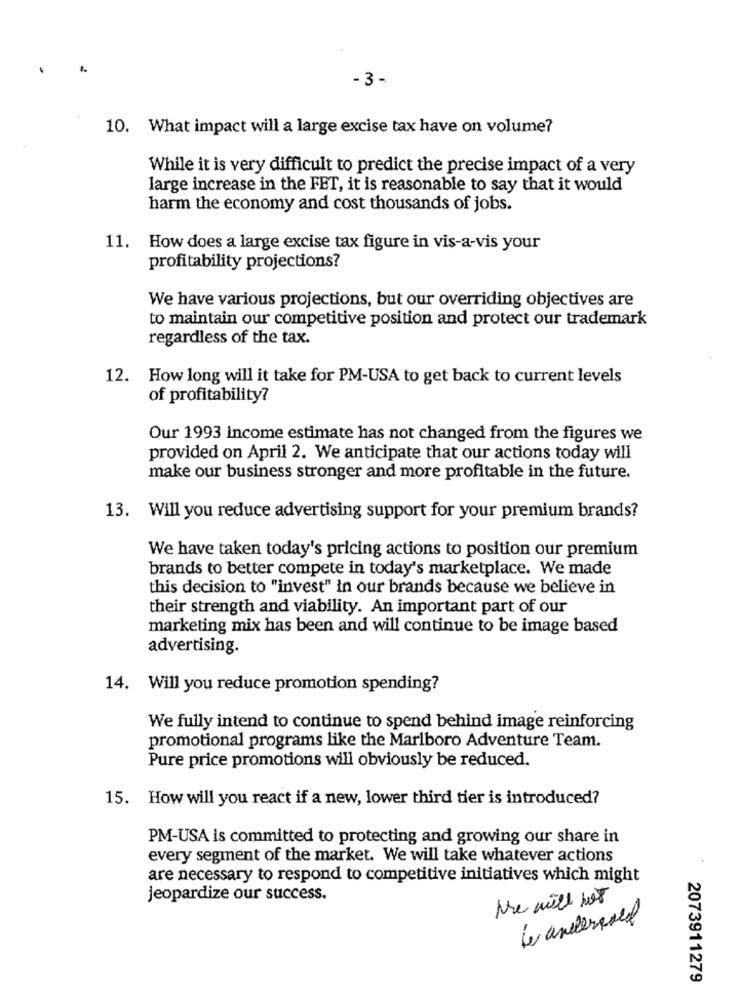
- 3 -
10. What impact will a large excise tax have on volume?
While it is very difficult to predict the precise impact of a very
large increase in the FET, it is reasonable to say that it would
harm the economy and cost thousands of jobs.
11.
How does a large excise tax figure in vis-a-vis your
profitability projections?
We have various projections, but our overriding objectives are
to maintain our competitive position and protect our trademark
regardless of the tax.
12. How long will it take for PM-USA to get back to current levels
of profitability?
Our 1993 income estimate has not changed from the figures we
provided on April 2. We anticipate that our actions today will
make our business stronger and more profitable in the future.
13. Will you reduce advertising support for your premium brands?
We have taken today's pricing actions to position our premium
brands to better compete in today's marketplace. We made
this decision to "invest" in our brands because we believe in
their strength and viability. An important part of our
marketing mix has been and will continue to be image based
advertising.
14. Will you reduce promotion spending?
We fully intend to continue to spend behind image reinforcing
promotional programs like the Marlboro Adventure Team.
Pure price promotions will obviously be reduced.
15. How will you react if a new, lower third tier is introduced?
PM-USA is committed to protecting and growing our share in
every segment of the market. We will take whatever actions
are necessary to respond to competitive initiatives which might
jeopardize our success.
Nie will not
le andersaid
2073911279